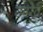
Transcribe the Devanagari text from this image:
उमरेठ